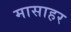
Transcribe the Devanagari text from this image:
मासाहर